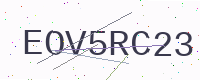
Text: EOV5RC23